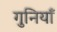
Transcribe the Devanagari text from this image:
गुनियाँ